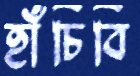
হাঁচিবি